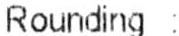
ROUNDING :